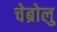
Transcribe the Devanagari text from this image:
चेब्रोलु